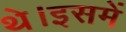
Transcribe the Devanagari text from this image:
थे।इसमें